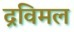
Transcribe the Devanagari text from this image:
द्रविमल